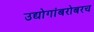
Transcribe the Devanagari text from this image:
उद्योगांबरोबरच